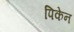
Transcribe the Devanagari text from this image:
पिकेन